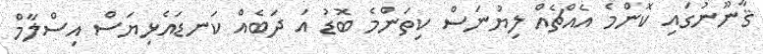
ޤާނޫނުގައި ކޮންމެ އެއްޗެއް ލިޔުނަސް ކިތަންމެ ބޮޑު އަ ދަބެއް ކަނޑައެޅިޔަސް އިސްލާމް